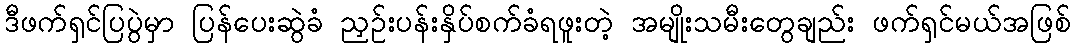
ဒီဖက်ရှင်ပြပွဲမှာ ပြန်ပေးဆွဲခံ ညှဉ်းပန်းနှိပ်စက်ခံရဖူးတဲ့ အမျိုးသမီးတွေချည်း ဖက်ရှင်မယ်အဖြစ်